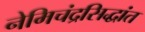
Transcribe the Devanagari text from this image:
नेमिचंद्रसिद्धांत